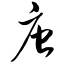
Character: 唐